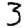
Digit: 3